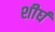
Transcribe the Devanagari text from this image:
शीर्घ